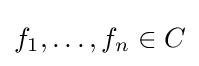
f_{1},\dots ,f_{n}\in C